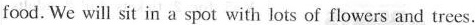
food. We will sit in a spot with lots of flowers and trees.